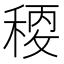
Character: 𥠛